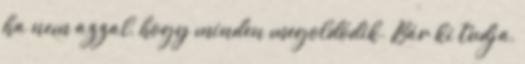
ha nem azzal, hogy minden megoldódik. Bár ki tudja,